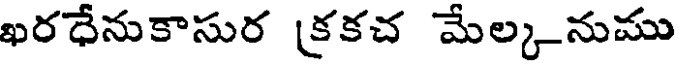
ఖరధేనుకాసుర [కకచ మేల్కనుము